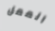
الممل